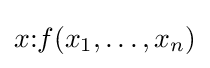
x{\text{:}}f(x_{1},\ldots ,x_{n})